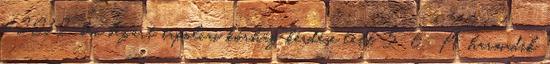
a 2012-ben bezárt tapolcai kórház kérdése lett. 5 6 A harmadik